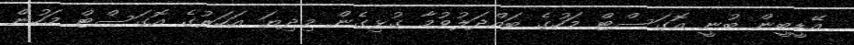
އޭޑީބީން ބުނީ އޮގަސްޓް މަހުގެ ބައްދަލުވުމާ ގުޅިގެން މިދިޔަ އަހަރުގެ އޮގަސްޓް މަހުން